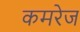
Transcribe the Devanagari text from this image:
कमरेज